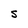
Character: S